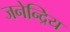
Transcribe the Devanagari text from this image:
जनेन्द्रिय